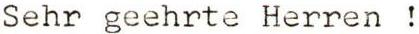
Sehr geehrte Herren !